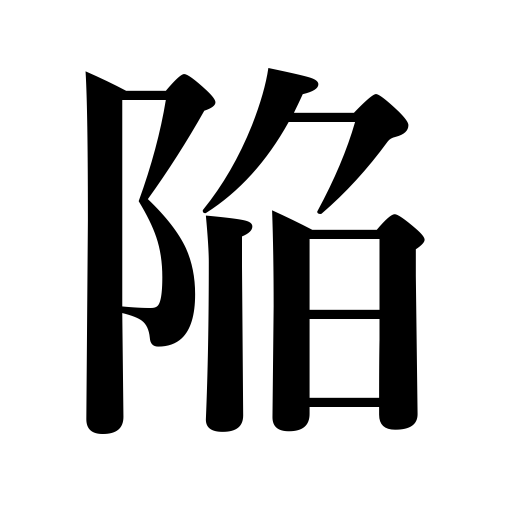
Meanings: fall a fort,ensnare,lapse into,cave in,tempt,get into,slide into,fall into,sink